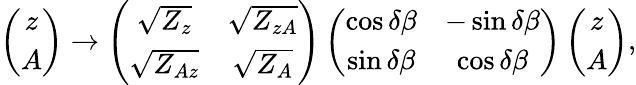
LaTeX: \left(\begin{array}{c}{{z}}\\ {{A}}\end{array}\right)\rightarrow\left(\begin{array}{cc}{{\sqrt{Z_{z}}}}&{{\sqrt{Z_{zA}}}}\\ {{\sqrt{Z_{Az}}}}&{{\sqrt{Z_{A}}}}\end{array}\right)\left(\begin{array}{cc}{{\cos\delta\beta}}&{{-\sin\delta\beta}}\\ {{\sin\delta\beta}}&{{\cos\delta\beta}}\end{array}\right)\left(\begin{array}{c}{{z}}\\ {{A}}\end{array}\right),